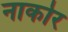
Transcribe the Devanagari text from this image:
नाकोर